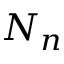
N _ { n }